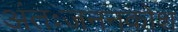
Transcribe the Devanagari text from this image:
अंतःजननकोश